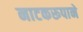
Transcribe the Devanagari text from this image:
नाटकरूपाने